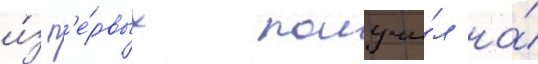
и́з п'е́рвых получи́л на́